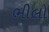
ભીલો